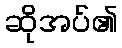
ဆိုအပ်၏